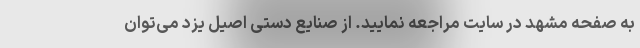
به صفحه مشهد در سایت مراجعه نمایید. از صنایع دستی اصیل یزد می‌توان